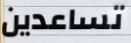
تساعدين